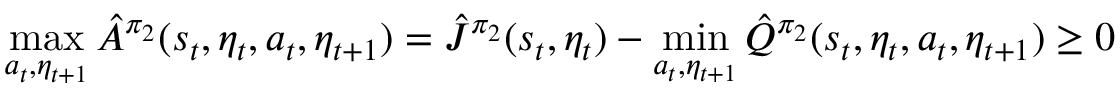
\operatorname* { m a x } _ { a _ { t } , \eta _ { t + 1 } } \hat { A } ^ { \pi _ { 2 } } ( s _ { t } , \eta _ { t } , a _ { t } , \eta _ { t + 1 } ) = \hat { J } ^ { \pi _ { 2 } } ( s _ { t } , \eta _ { t } ) - \operatorname* { m i n } _ { a _ { t } , \eta _ { t + 1 } } \hat { Q } ^ { \pi _ { 2 } } ( s _ { t } , \eta _ { t } , a _ { t } , \eta _ { t + 1 } ) \ge 0